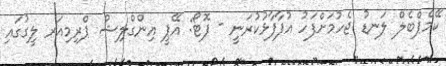
ކޭމްޕްބެލް ލަނޑު ޖެހުމަށްފަހު އުފާފާޅުކުރަނީ - ފޮޓޯ: އޭޕީ އިންގްލިޝް ޕްރިމިއަރ ލީގުގައި